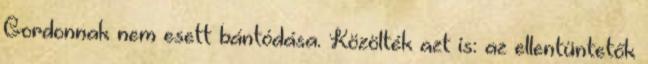
Gordonnak nem esett bántódása. Közölték azt is: az ellentüntetők